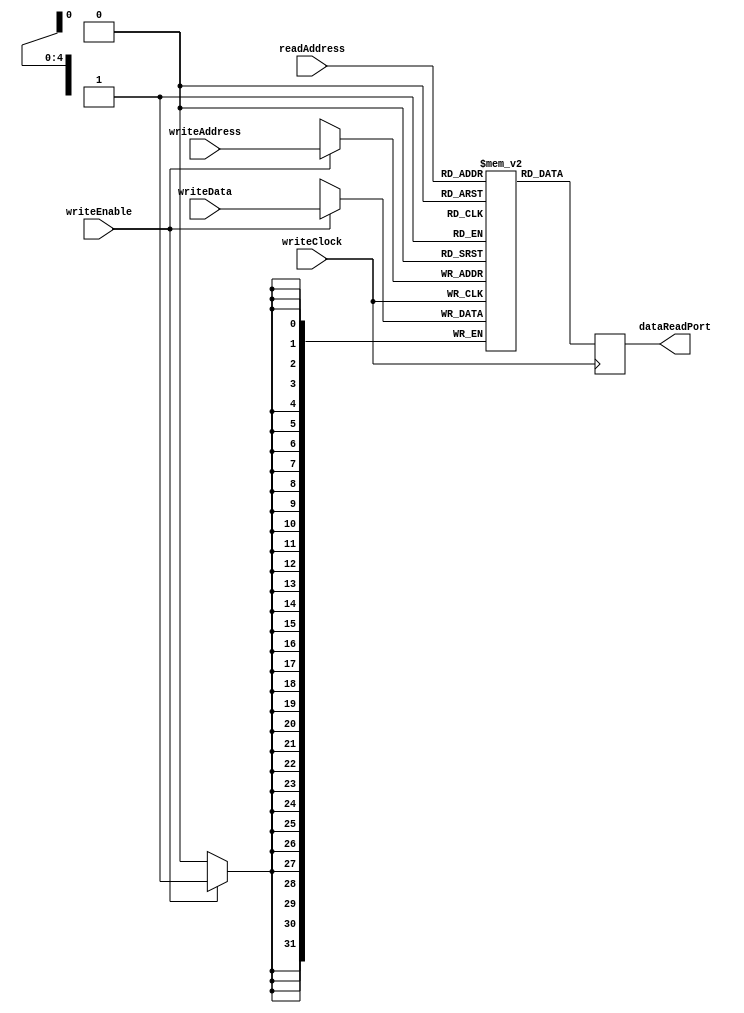
module queueMemory ( input wire         writeClock,
                                        writeEnable,
                     input wire [4:0]   writeAddress,
                     input wire [4:0]   readAddress,
                     input wire [31:0]  writeData,
                     output reg [31:0]  dataReadPort );

  reg [31:0] s_memory [31:0];
  
  always @(posedge writeClock)
    begin
      dataReadPort <= s_memory[readAddress];
      if (writeEnable == 1'b1) s_memory[writeAddress] <= writeData;
    end
endmodule